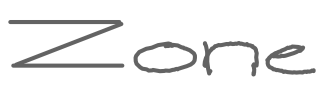
Text: Zone
Cross-out: clean
Writing tool: digital_gray